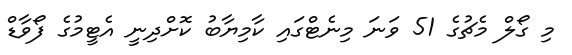
މި ގޯލް މެޗުގެ 51 ވަނަ މިނެޓްގައި ކާމިޔާބު ކޮށްދިނީ އެޓީމުގެ ފޯވާޑް